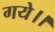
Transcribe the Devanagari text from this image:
गये।।